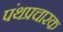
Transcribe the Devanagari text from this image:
पंथप्रचारक